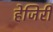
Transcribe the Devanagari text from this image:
हेजिरी